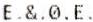
E.&.0.E.